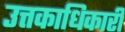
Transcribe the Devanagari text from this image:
उत्तकाधिकारी